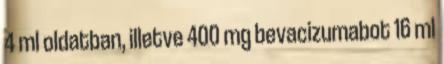
4 ml oldatban, illetve 400 mg bevacizumabot 16 ml